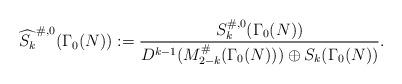
LaTeX: \begin{align*}\widehat{S_{k}}^{\# ,0} ( \Gamma _{0}( N) ) :=\dfrac{S_{k}^{\# ,0}( \Gamma_{0}( N) ) }{D^{k-1}( M_{2-k}^{\# }( \Gamma _{0}( N) )) \oplus S_{k}( \Gamma_{0}( N) ) }. \end{align*}